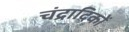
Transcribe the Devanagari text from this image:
चंद्रादिकों